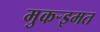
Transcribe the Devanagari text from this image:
मुकर्‍इमत